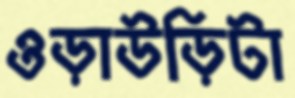
ওড়াউড়িটা